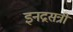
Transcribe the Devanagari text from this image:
इनद्रसत्री